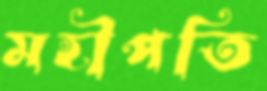
মহীপতি